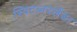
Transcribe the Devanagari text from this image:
स्विटज़रलैंड।